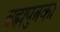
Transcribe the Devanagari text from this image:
ब्रह्मपुत्रका